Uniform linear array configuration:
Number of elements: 8
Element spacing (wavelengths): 0.75
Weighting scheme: cosine
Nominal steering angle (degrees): -60
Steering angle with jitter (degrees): -60.369
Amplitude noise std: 0.05
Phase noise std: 0.05

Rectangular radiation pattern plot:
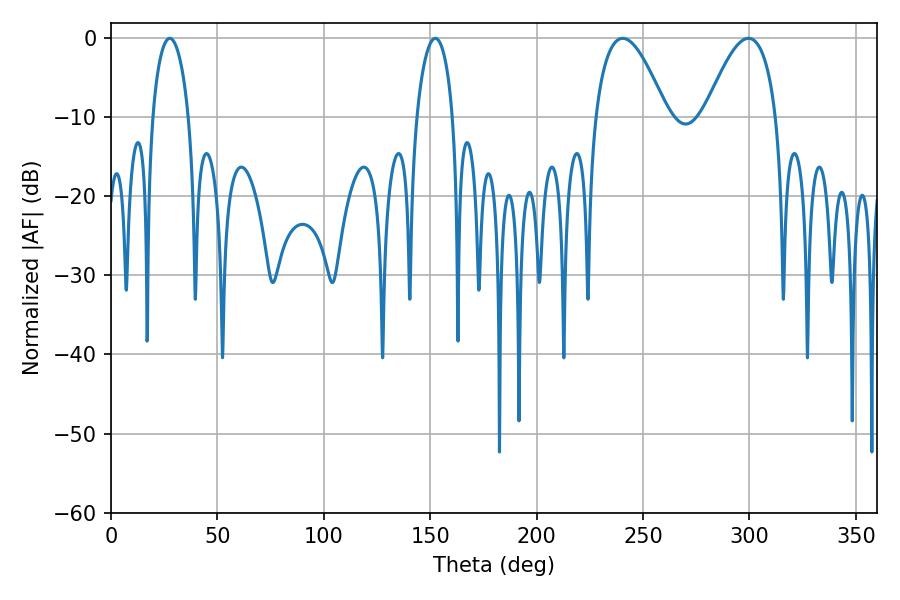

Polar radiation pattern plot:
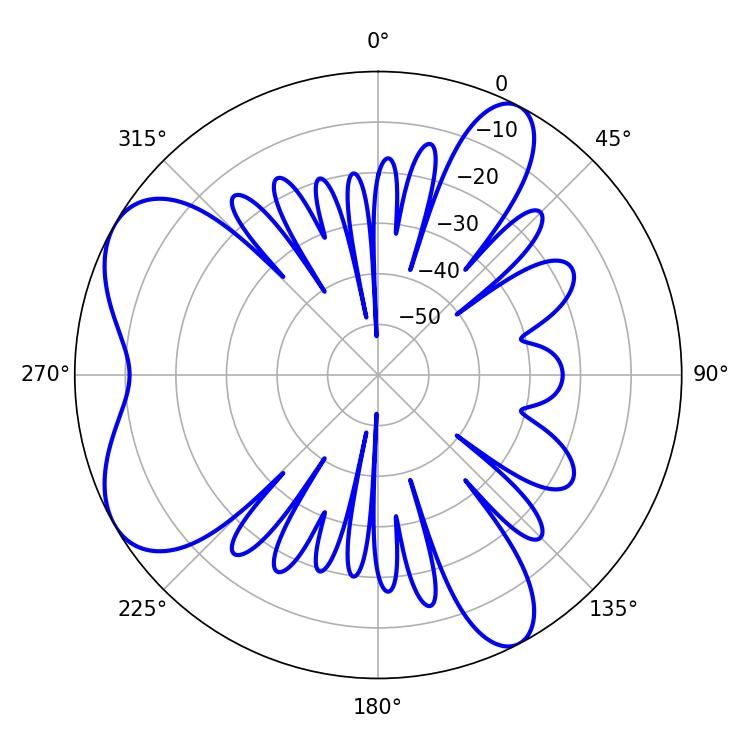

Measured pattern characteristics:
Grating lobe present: TRUE
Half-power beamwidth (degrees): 18.36
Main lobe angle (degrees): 299.52